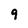
Character: 9